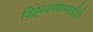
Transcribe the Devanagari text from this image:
विझवण्यासाठीही